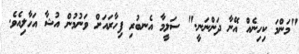
"މަންމަ ކިހިނެއް އޭނާ ދަންނަނީ." ސަލީމާ އެނބުރި ފިހާރައަށް ވަނުމުން އުޝާ އަހާލިއެވެ.